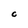
Character: C